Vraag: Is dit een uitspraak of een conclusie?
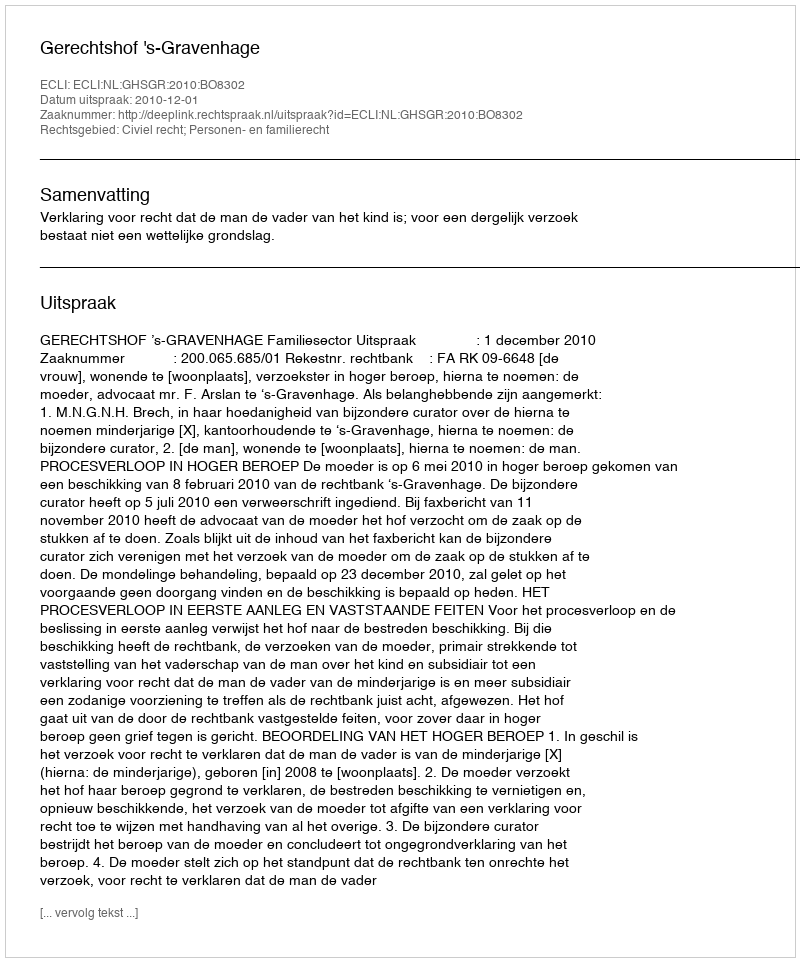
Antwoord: Uitspraak